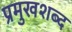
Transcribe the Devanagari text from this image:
प्रमुखशब्द